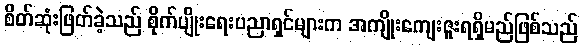
စိတ်ဆုံးဖြတ်ခဲ့သည် စိုက်ပျိုးရေးပညာရှင်များက အကျိုးကျေးဇူးရရှိမည်ဖြစ်သည်